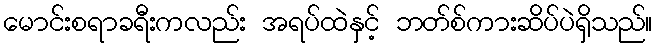
မောင်းစရာခရီးကလည်း အရပ်ထဲနှင့် ဘတ်စ်ကားဆိပ်ပဲရှိသည်။